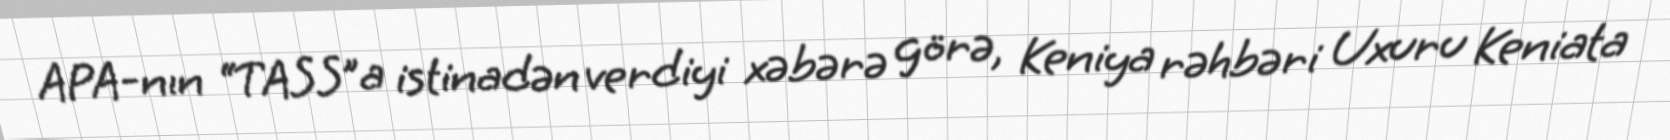
APA-nın “TASS”a istinadən verdiyi xəbərə görə, Keniya rəhbəri Uxuru Keniata